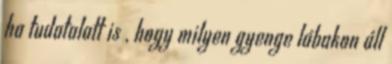
ha tudatalatt is , hogy milyen gyenge lábakon áll